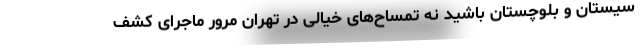
سیستان و بلوچستان باشید نه تمساح‌های خیالی در تهران مرور ماجرای کشف